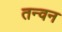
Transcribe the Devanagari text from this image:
तन्वन